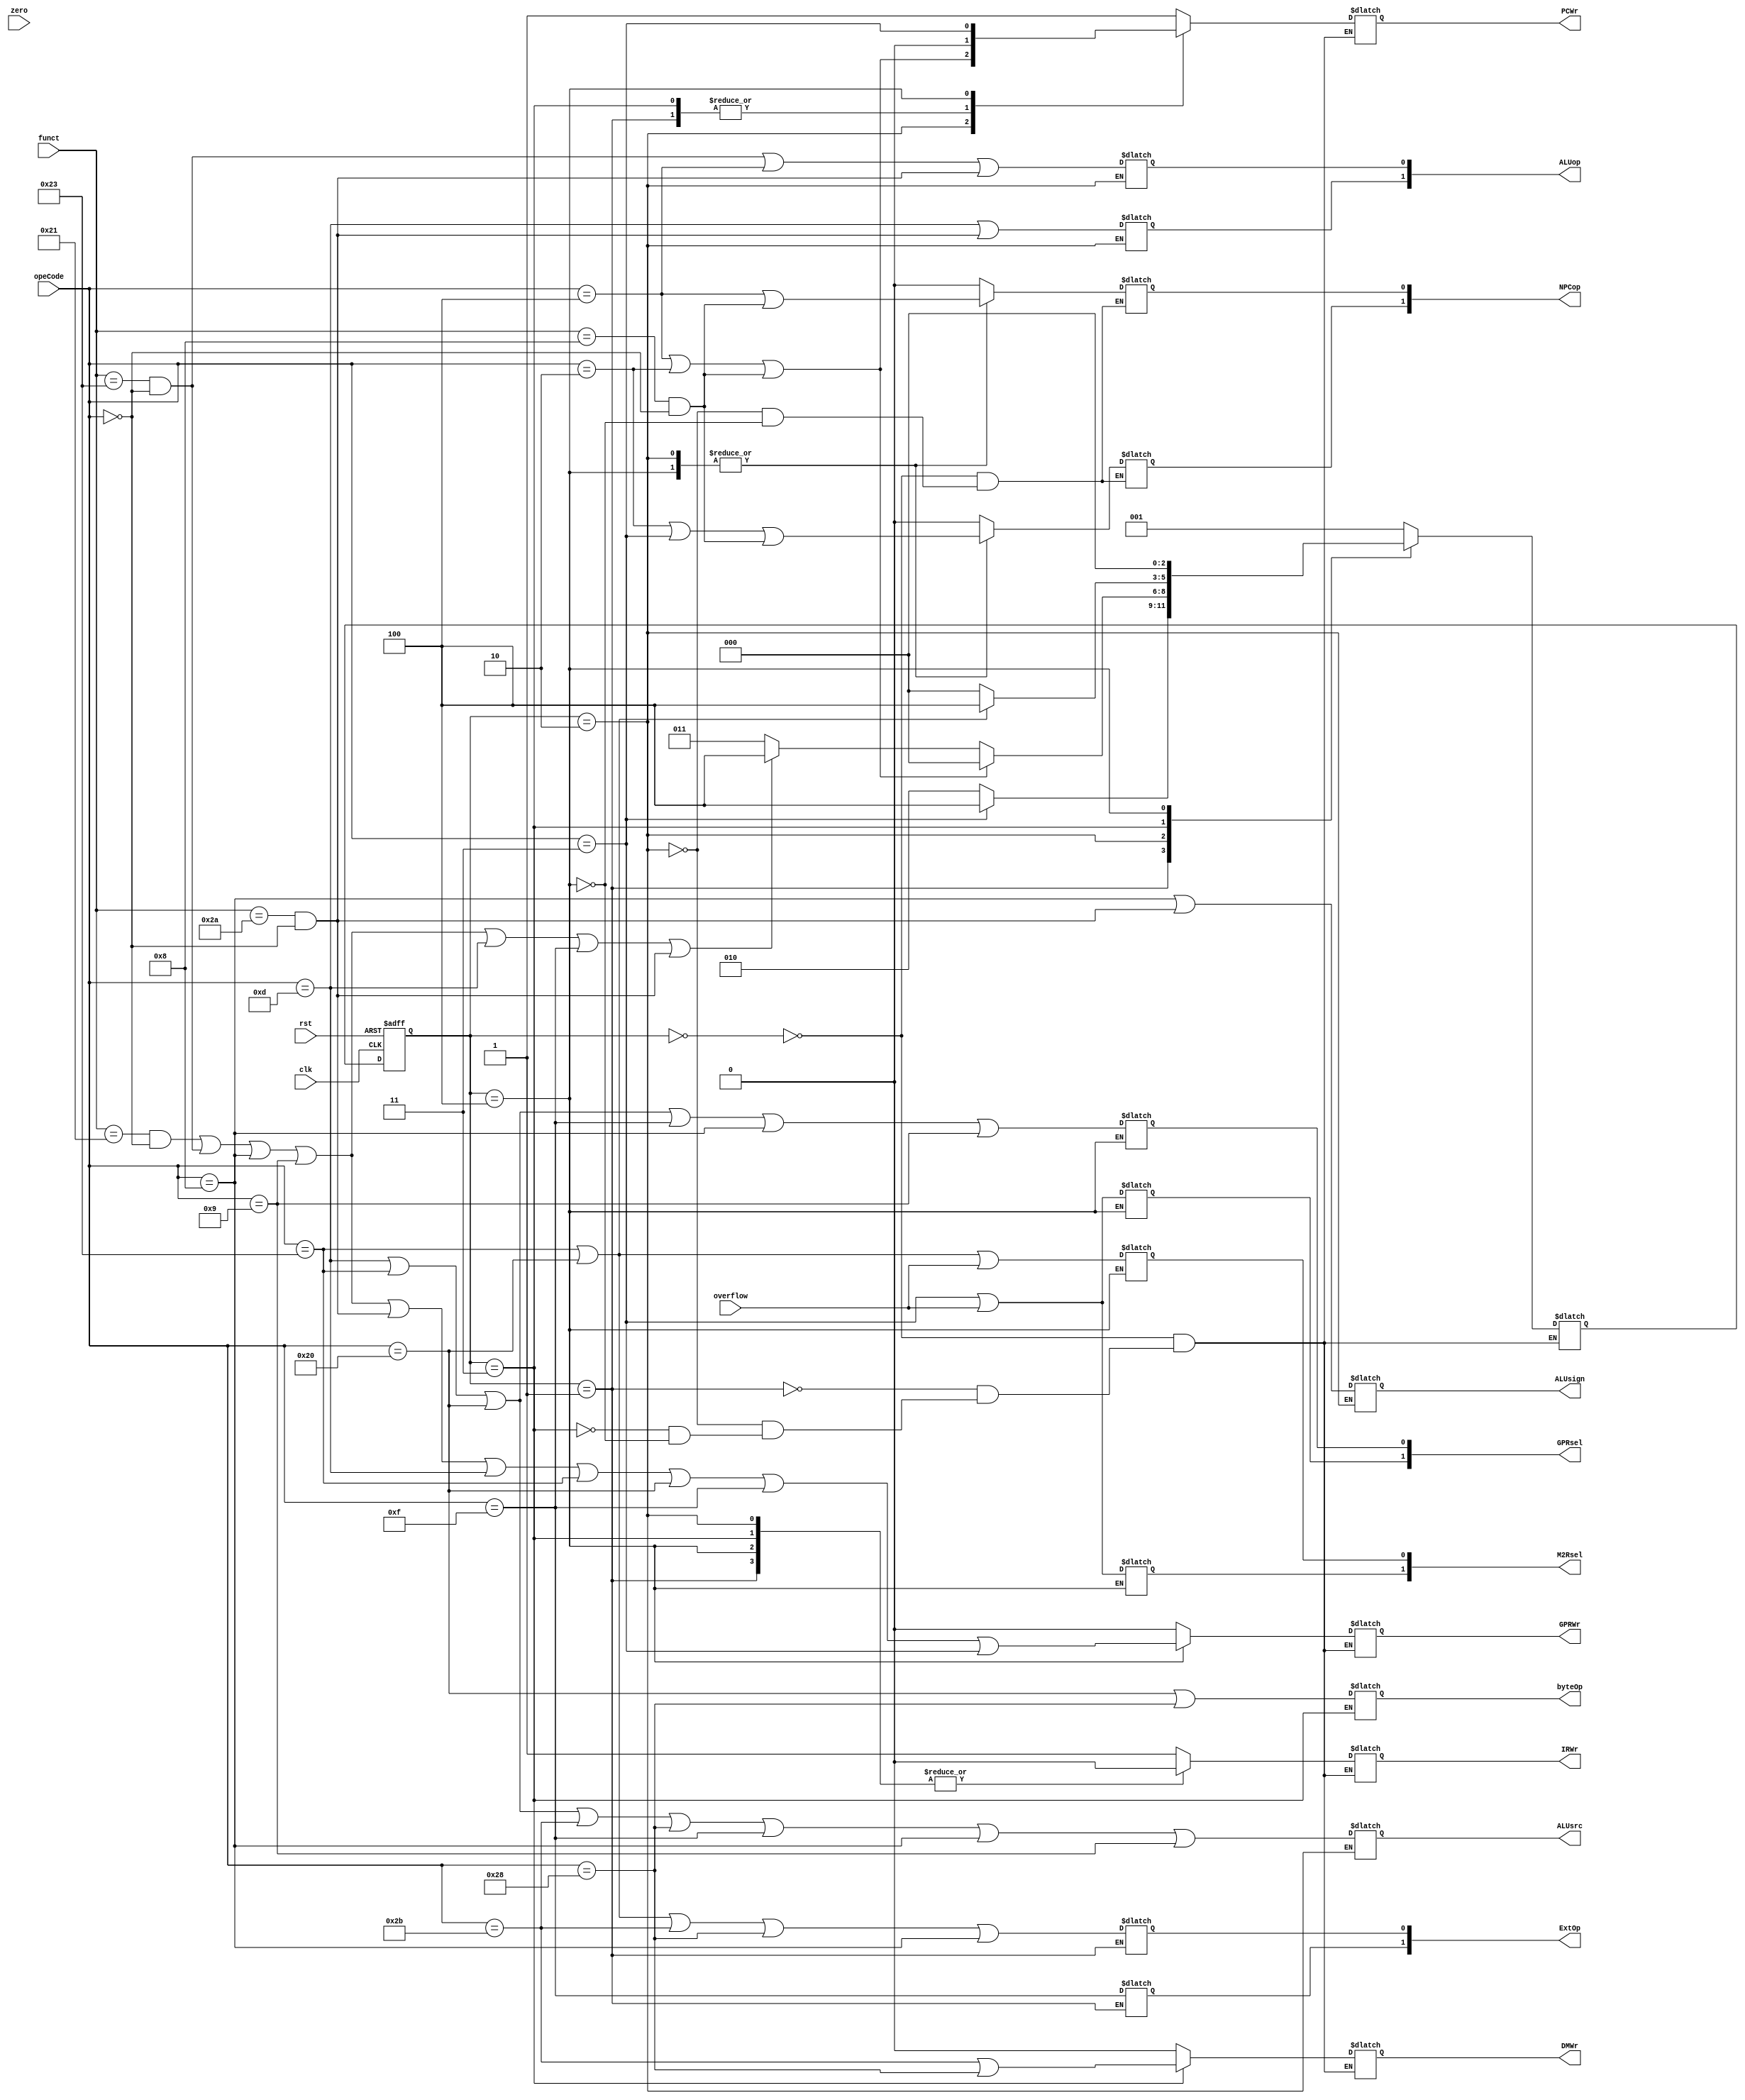
module controller (
    clk, rst,
    funct, opeCode, zero, overflow,
    PCWr, IRWr, M2Rsel, GPRsel, ExtOp, DMWr, NPCop, ALUsrc, ALUop, ALUsign, GPRWr, byteOp
);
    input clk, rst;
    input [5:0] funct;
    input [5:0] opeCode;
    input zero, overflow;
    output reg PCWr, IRWr, DMWr, GPRWr, ALUsrc, ALUsign, byteOp;
    output reg [1:0] M2Rsel, GPRsel, ALUop, ExtOp, NPCop;

    wire addu = (funct == 6'b100001)&(opeCode == 6'b000000);
    wire subu = (funct == 6'b100011)&(opeCode == 6'b000000);
    wire slt = (funct == 6'b101010)&(opeCode == 6'b000000);
    wire jr = (funct == 6'b001000)&(opeCode == 6'b000000);
    wire ori = (opeCode == 6'b001101);
    wire lw = (opeCode == 6'b100011);
    wire lb = (opeCode == 6'b100000);
    wire sw = (opeCode == 6'b101011);
    wire sb = (opeCode == 6'b101000);
    wire beq = (opeCode == 6'b000100);
    wire lui = (opeCode == 6'b001111);
    wire j = (opeCode == 6'b000010);
    wire jal = (opeCode == 6'b000011);
    wire addi = (opeCode == 6'b001000);
    wire addiu = (opeCode == 6'b001001);

    parameter [2:0] FETCH = 3'b000,
                    DCD = 3'b001,
                    EXE = 3'b010,
                    MA = 3'b011,
                    WB = 3'b100,
                    PRESTART = 3'b111;

    reg [2:0] nowState;
    reg [2:0] nextState;
    reg [2:0] defaulter = 0;

    always @(posedge clk, negedge rst) begin
        if(~rst)begin 
            nowState <= FETCH;
        end
        else nowState <= nextState;
    end

    always @(*) begin
        case(nowState)
            // PRESTART:begin
            //     nextState = DCD;
            //     $display("start ~");
            // end
          
            FETCH:begin//0
                nextState = DCD;
                $display("[ctrl]from fetch to decode");
            end

            DCD:begin//1
                if(jal)begin
                    nextState = WB;
                    $display("[ctrl]from decode to writeback");
                end
                else begin
                    nextState = EXE;
                    $display("[ctrl]from decode to execute");
                end
            end

            EXE:begin//2
                if(beq|j|jr) begin
                    nextState = FETCH;
                    $display("[ctrl]from execute to fetch");                    
                end
                else if(addu|subu|addi|addiu|ori|lui|slt) begin
                    nextState = WB;
                    $display("[ctrl]from execute to writeback"); 
                end
                //else if(lw|lb|sw|sb) begin
                else begin
                    nextState = MA;
                    $display("[ctrl]from execute to memoryaccess");                     
                end
            end

            MA:begin//3
                if(lw|lb) begin
                    nextState = WB;
                    $display("[ctrl]from memoryaccess to writeback");                        
                end
                else begin
                    nextState = FETCH;
                    $display("[ctrl]from memoryaccess to fetch");                    
                end
            end

            WB:begin//4
                nextState = FETCH;
                $display("[ctrl]from writeback to fetch");
            end
        endcase
    end

    always@(*) begin
        case(nowState)
            // PRESTART:begin//7
            //     PCWr = 0;
            //     IRWr = 1;
            //     DMWr = 0;
            //     GPRWr = 0;
            //     //00:pc+4 01:beq 10:j|jal 11:jr
            //     NPCop[0] = beq|jr;
            //     NPCop[1] = j|jal|jr;
            //end
            FETCH:begin//0
                PCWr = 1;
                IRWr = 1;
                DMWr = 0;
                GPRWr = 0;
                //00:pc+4
                NPCop[0] = 0;
                NPCop[1] = 0;
            end

            DCD:begin//1
                PCWr = 0;
                IRWr = 0;
                DMWr = 0;
                GPRWr = 0;
                ExtOp[0] = lw|lb|sw|sb|addi;//01:sign ext
                ExtOp[1] = lui;             //10:lui ext
            end

            EXE:begin//2
                PCWr = beq|j|jr;
                IRWr = 0;
                DMWr = 0;
                GPRWr = 0;
                ALUsrc = ori|lw|lb|sw|sb|lui|addi|addiu;
                ALUop[0] = subu|beq|slt;
                ALUop[1] = ori|slt;
                ALUsign = addi|slt;
                //00:pc+4 01:beq 10:j|jal 11:jr
                NPCop[0] = beq|jr;
                NPCop[1] = j|jal|jr;
            end
            
            MA:begin//3
                PCWr = 0;
                IRWr = 0;
                DMWr = sw|sb;
                GPRWr = 0;
                byteOp = lb|sb;
            end

            WB:begin//4
                PCWr = jal;
                IRWr = 0;
                DMWr = 0;
                GPRWr = addu|subu|addi|addiu|slt|ori|lw|lb|lui|jal;
                //00reg: 01:dm 10:npc 11:1
                M2Rsel[0] = lw|lb|overflow;
                M2Rsel[1] = jal|overflow;
                //00:[15:11] 01:[20:16] 10:$31 11:$30overflow
                GPRsel[0] = ori|lw|lb|lui|addi|addiu;
                GPRsel[1] = jal|overflow;
                //00:pc+4 01:beq 10:j|jal 11:jr
                NPCop[0] = beq|jr;
                NPCop[1] = j|jal|jr;
            end
        endcase
    end

endmodule